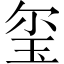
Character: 玺